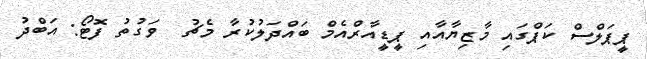
ޕީޕަލްސް ކަޕްގައި މާޒިޔާއާއި ޕީޑީއާރްއެމް ބައްދަލުކުރާ މެޗު  ވަގުތު ފޮޓޯ: އަބްދު